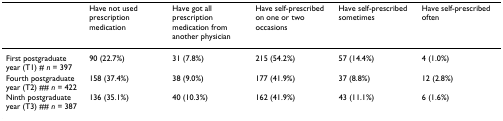
<table><thead><tr><td></td><td><b>Have not used prescription medication</b></td><td><b>Have got all prescription medication from another physician</b></td><td><b>Have self-prescribed on one or two occasions</b></td><td><b>Have self-prescribed sometimes</b></td><td><b>Have self-prescribed often</b></td></tr></thead><tbody><tr><td>First postgraduate year (T1) # <i>n </i>= 397</td><td>90 (22.7%)</td><td>31 (7.8%)</td><td>215 (54.2%)</td><td>57 (14.4%)</td><td>4 (1.0%)</td></tr><tr><td>Fourth postgraduate year (T2) ## <i>n </i>= 422</td><td>158 (37.4%)</td><td>38 (9.0%)</td><td>177 (41.9%)</td><td>37 (8.8%)</td><td>12 (2.8%)</td></tr><tr><td>Ninth postgraduate year (T3) ## <i>n </i>= 387</td><td>136 (35.1%)</td><td>40 (10.3%)</td><td>162 (41.9%)</td><td>43 (11.1%)</td><td>6 (1.6%)</td></tr></tbody></table>